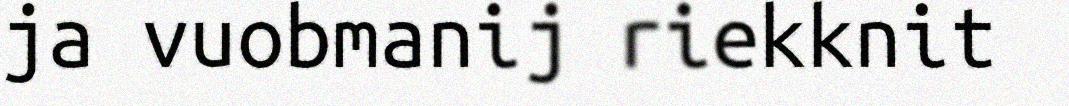
ja vuobmanij riekknit